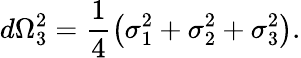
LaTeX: d\Omega_{3}^{2}=\frac{1}{4}\left(\sigma_{1}^{2}+\sigma_{2}^{2}+\sigma_{3}^{2}\right).